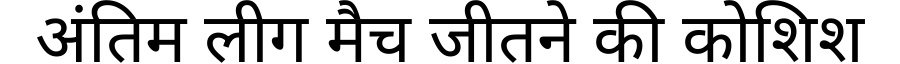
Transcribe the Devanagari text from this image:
अंतिम लीग मैच जीतने की कोशिश